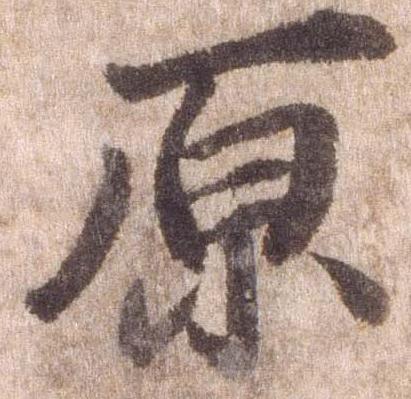
原